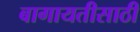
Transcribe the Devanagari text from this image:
बागायतीसाठी